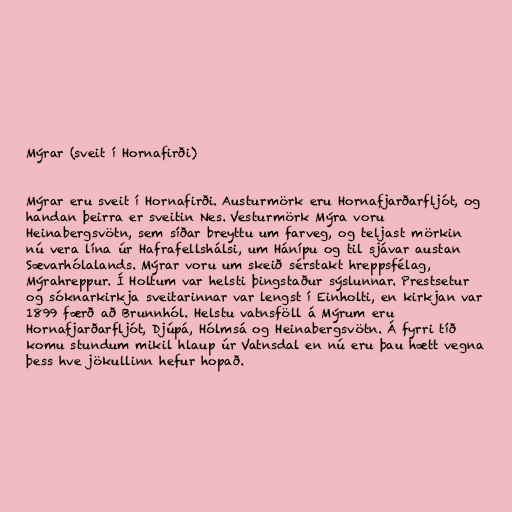
Mýrar (sveit í Hornafirði)

Mýrar eru sveit í Hornafirði. Austurmörk eru Hornafjarðarfljót, og
handan þeirra er sveitin Nes. Vesturmörk Mýra voru
Heinabergsvötn, sem síðar breyttu um farveg, og teljast mörkin
nú vera lína úr Hafrafellshálsi, um Hánípu og til sjávar austan
Sævarhólalands. Mýrar voru um skeið sérstakt hreppsfélag,
Mýrahreppur. Í Holtum var helsti þingstaður sýslunnar. Prestsetur
og sóknarkirkja sveitarinnar var lengst í Einholti, en kirkjan var
1899 færð að Brunnhól. Helstu vatnsföll á Mýrum eru
Hornafjarðarfljót, Djúpá, Hólmsá og Heinabergsvötn. Á fyrri tíð
komu stundum mikil hlaup úr Vatnsdal en nú eru þau hætt vegna
þess hve jökullinn hefur hopað.